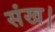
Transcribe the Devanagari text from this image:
संख।